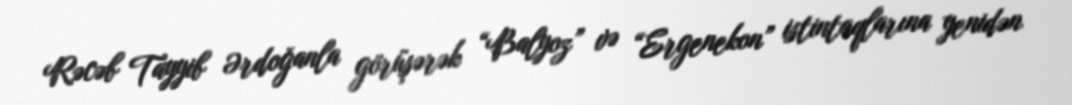
Rəcəb Tayyib Ərdoğanla görüşərək “Balyoz” və “Ergenekon” istintaqlarına yenidən